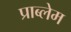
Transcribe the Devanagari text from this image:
प्राब्लेम